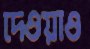
দেওয়াও